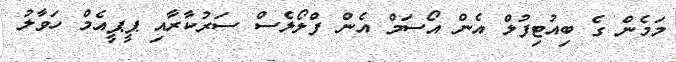
މަމެން ގެ ބިއުޓިފުލް އެން އޯސަމް އެން ފްލޯލެސް ސަރުކާރާއި ޕީޕީއެމް ހަވާލު